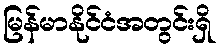
မြန်မာနိုင်ငံအတွင်းရှိ